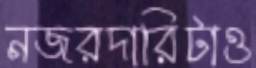
নজরদারিটাও